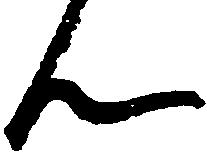
ん